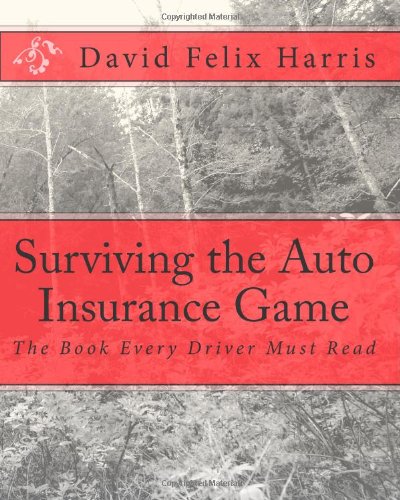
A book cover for Surviving the Auto Insurance Game: The Book Every Driver Must Read; David Felix Harris; Engineering & Transportation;